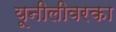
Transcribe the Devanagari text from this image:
यूनीलीवरका